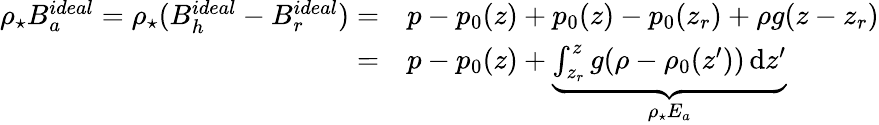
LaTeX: \begin{array}{rl}{\rho_{\star}B_{a}^{ideal}=\rho_{\star}(B_{h}^{ideal}-B_{r}^{ideal})=}&{{}p-p_{0}(z)+p_{0}(z)-p_{0}(z_{r})+\rho g(z-z_{r})}\\ {=}&{{}p-p_{0}(z)+\underbrace{\int_{z_{r}}^{z}g(\rho-\rho_{0}(z^{\prime}))\, \mathrm{d}z^{\prime}}_{\rho_{\star}E_{a}}}\end{array}